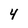
Character: 4